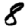
Digit: 8